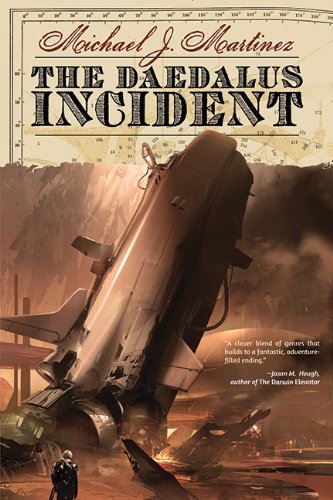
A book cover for The Daedalus Incident; Michael J Martinez; Science Fiction & Fantasy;